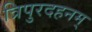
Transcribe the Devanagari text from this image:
त्रिपुरदहनम्